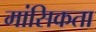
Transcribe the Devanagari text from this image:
मांसिकता